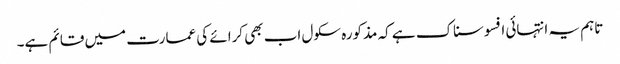
تاہم یہ انتہائی افسوسناک ہے کہ مذکورہ سکول اب بھی کرائے کی عمارت میں قائم ہے۔